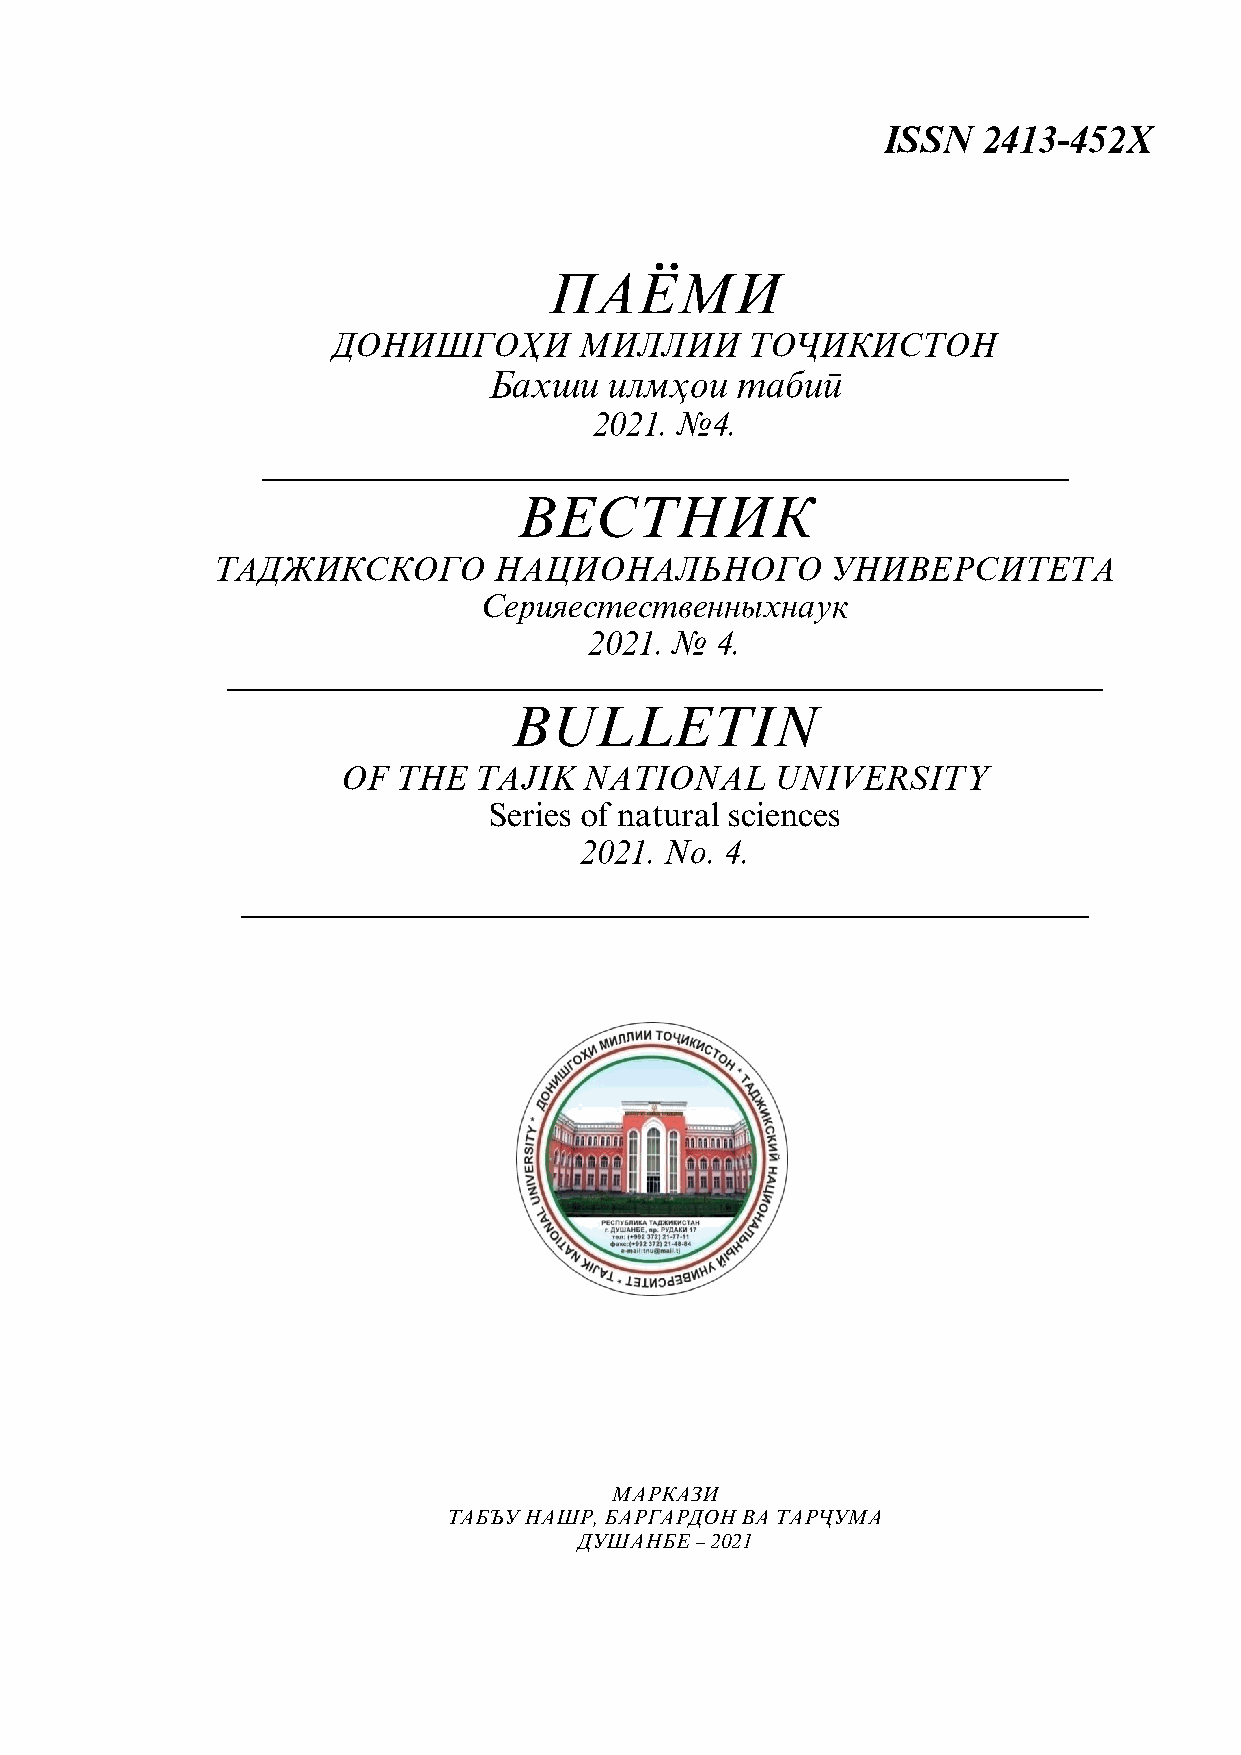
ISSN   2413-452Х
 ПАЁМИ
 ДОНИШГОЊИ       МИЛЛИИ      ТОЉИКИСТОН
 Бахши   илмњои   табиї
 2021. №4.
 ___________________________________________
 ВЕСТНИК
 ТАДЖИКСКОГО        НАЦИОНАЛЬНОГО         УНИВЕРСИТЕТА
 Серияестественныхнаук
 2021. № 4.
 ____________________________________________________________
 BULLETIN
 OF THE  TAJIK   NATIONAL    UNIVERSITY
 Series of natural sciences
 2021. No. 4.
 _____________________________________
 МАРКАЗИ
 ТАБЪУ НАШР, БАРГАРДОН ВА ТАРЉУМА
 ДУШАНБЕ – 2021
 1